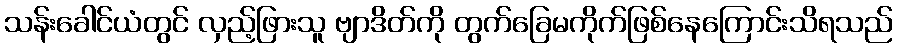
သန်းခေါင်ယံတွင် လှည့်ဖြားသူ ဗျာဒိတ်ကို တွက်ခြေမကိုက်ဖြစ်နေကြောင်းသိရသည်